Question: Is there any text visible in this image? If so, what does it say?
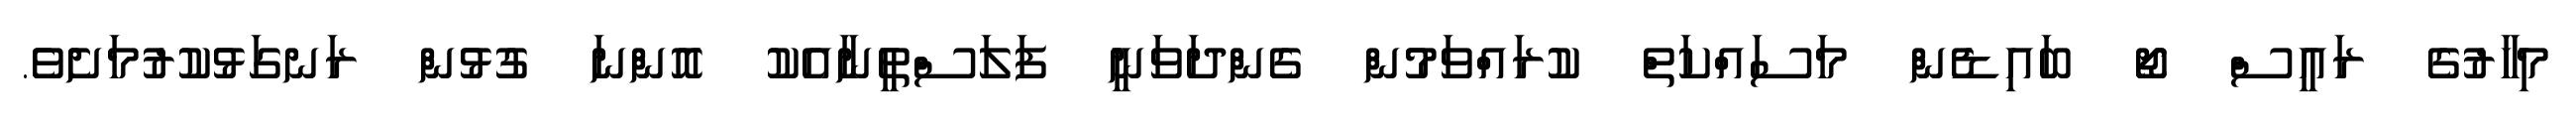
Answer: މިހާރުގެ ރައީސް ޖޯ ބައިޑެން މަސައްކަތް ކުރައްވަމުން ގެންދަވަނީ ފަލަސްތީނާއެކު އޮންނަ ގުޅުން ރަނގަޅުކުރުމަށެވެ.